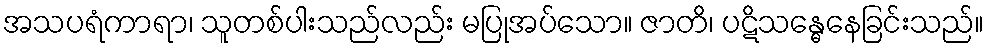
အသပရံကာရာ၊ သူတစ်ပါးသည်လည်း မပြုအပ်သော။ ဇာတိ၊ ပဋိသန္ဓေနေခြင်းသည်။